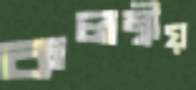
কলম্বীয়